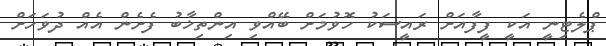
ޕްލެޓިނީ އަކީ ފީފާއަށް ރައީސަކު ހޮވުމަށް ބޭއްވި އިންތިޚާބު ފެށެން އެއް ދުވަހަށް